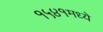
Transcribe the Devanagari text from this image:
१५४१मध्ये